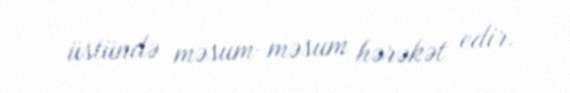
üstündə məsum-məsum hərəkət edir.